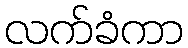
လက်ခံကာ